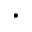
\cdot